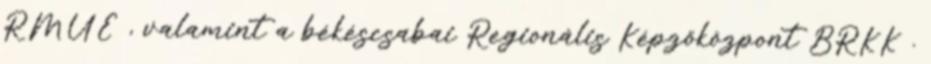
RMÜE , valamint a békéscsabai Regionális Képzőközpont BRKK .